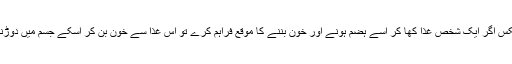
اسکے برعکس اگر ایک شخص غذا کھا کر اُسے ہضم ہونے اور خون بننے کا موقع فراہم کرے تو اُس غذا سے خون بن کر اسکے جسم میں دوڑنے لگے گا۔